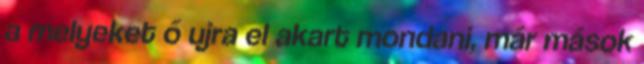
a melyeket ő ujra el akart mondani, már mások